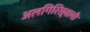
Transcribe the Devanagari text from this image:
अलगिरिस्वामी